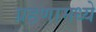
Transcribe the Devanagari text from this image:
ग्रहणामध्ये